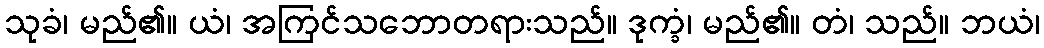
သုခံ၊ မည်၏။ ယံ၊ အကြင်သဘောတရားသည်။ ဒုက္ခံ၊ မည်၏။ တံ၊ သည်။ ဘယံ၊